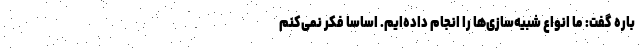
باره گفت: ما انواع شبیه‌سازی‌‌ها را انجام داده‌ایم. اساسا فکر نمی‌کنم